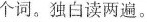
个词.独白读两遍。